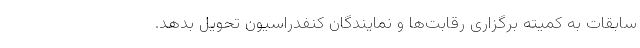
سابقات به کمیته برگزارى رقابت‌ها و نمایندگان کنفدراسیون تحویل بدهد.